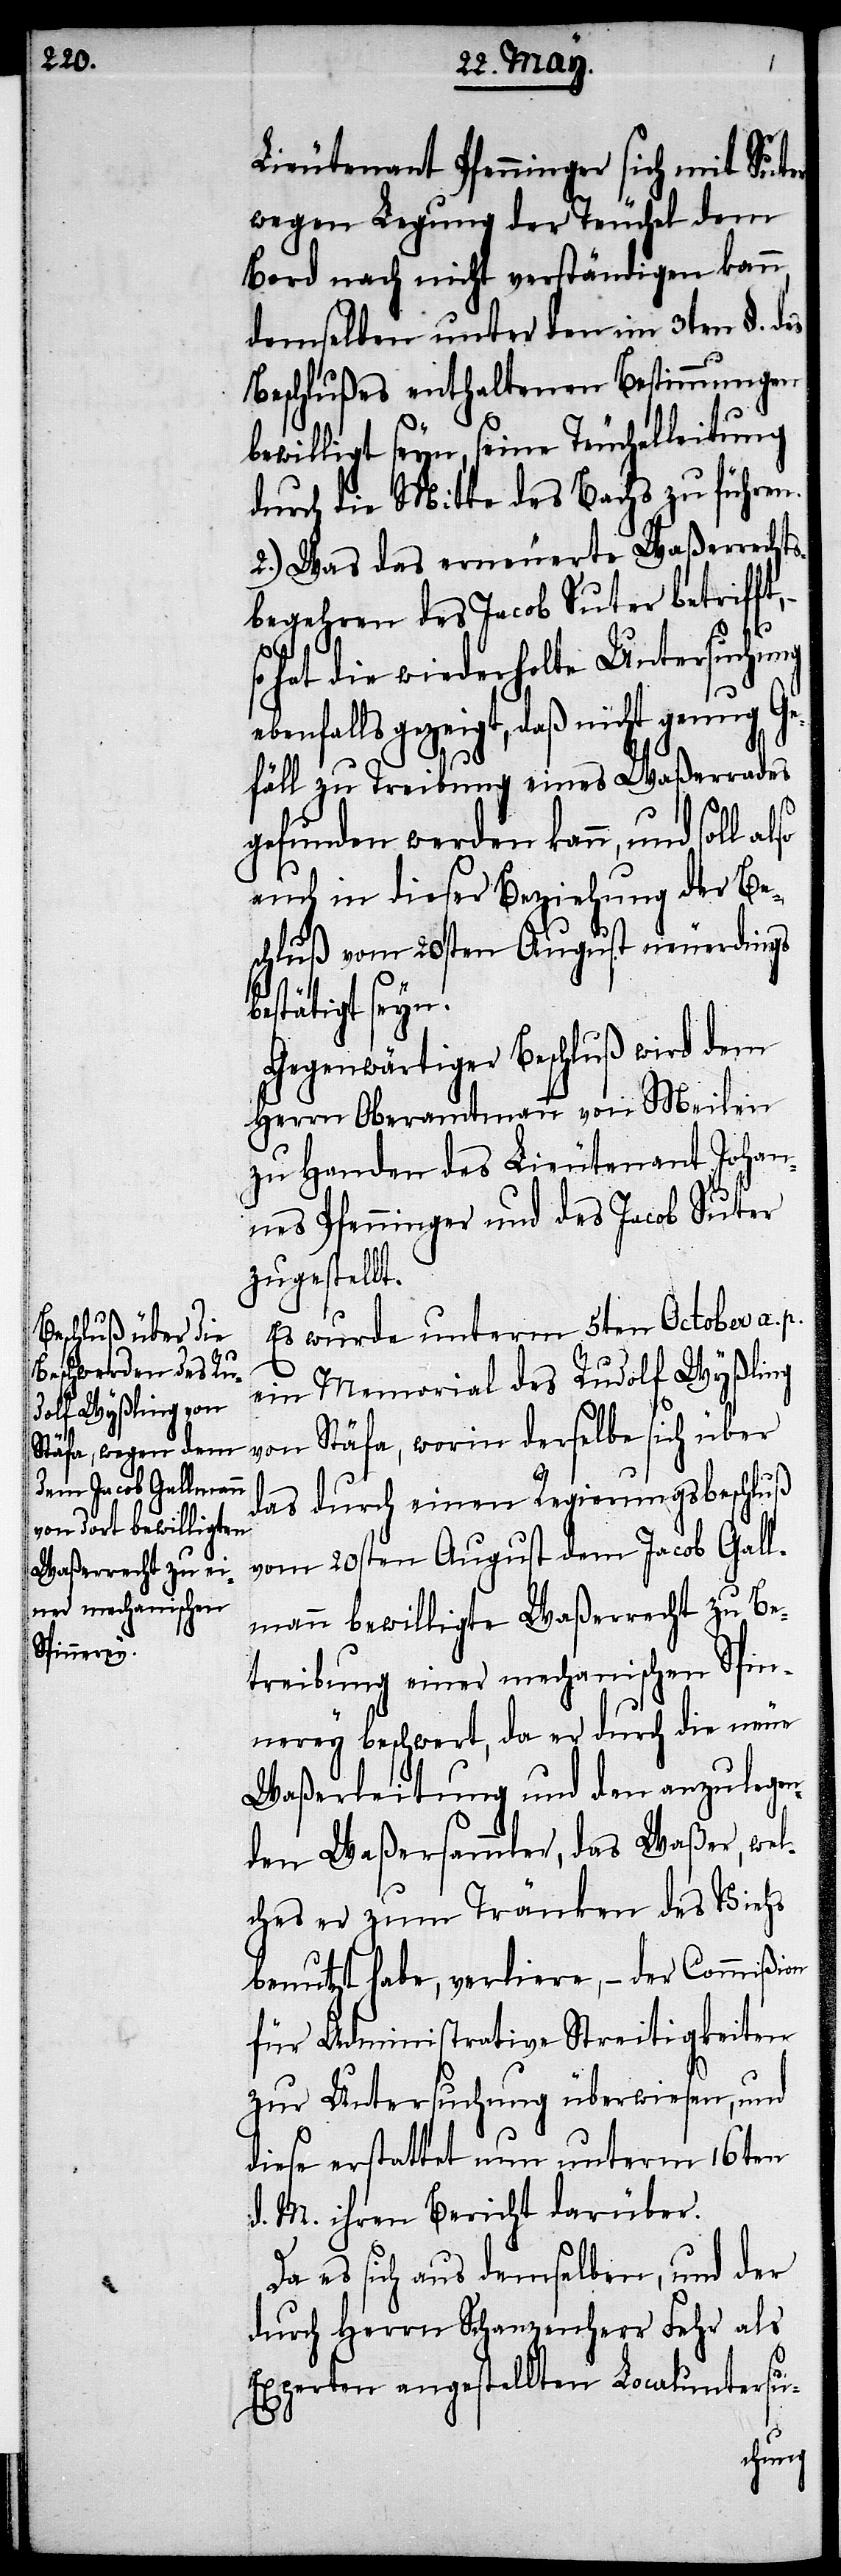
Lieutenant Pfenninger sich mit Suter
wegen Legung der Teuchel dem
Bord noch nicht verständigen kann,
demselben unter den im 3ten §. des
Beschlußes enthaltenen Bestimmungen
bewilligt seyn, seine Tüchelleitung
durch die Mitte des Bachs zu führen.
2.) Was das erneuerte Waßerrechts¬
begehren des Jacob Suter betrifft,
hat die wiederholte Untersuchung
gezeigt, daß nicht genug Ge¬
fäll zu Treibung eines Waßerrades
gefunden werden kann, und soll
auch in dieser Beziehung der Be¬
schluß vom 20sten August neuerdings
bestätigt seyn.
Gegenwärtiger Beschluß wird dem
Herrn Oberamtmann von Meilen
zu Handen des Lieutenant P¬
fenninger und des Jacob Suter
zugestellt.
Es wurde unterm 5ten October a. p.
ein Memorial des Rudolf Wyßling
von Stäfa, worin derselbe sich über
das durch einen Regierungsbeschluß
vom 20sten August dem Jacob Gall¬
mann bewilligte Waßerrecht zu Be¬
treibung einer mechanischen Spin¬
nerey beschwert, da er durch die neue
Waßerleitung und den anzulegen¬
den Waßersammler, das Waßer, wel¬
ches er zum Tränken des Viehs
benutzt habe, verliere, – der Commißion
für Administrative Streitigkeiten
zur Untersuchung überwiesen, und
diese erstattet nun unterm 16ten
d. M. ihren Bericht darüber.
Da es sich aus demselben, und der
durch Herrn Schanzenherr Fehr als
Experten angestellten Localuntersu-